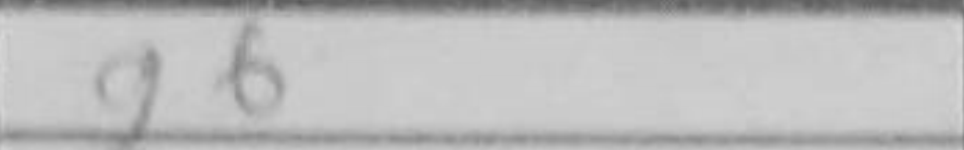
Transcription: g6